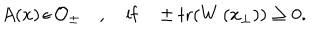
A ( x ) \, \epsilon \, { \cal O } _ { \pm } \quad , \quad \mathrm { i f } \quad \pm \mathrm { t r } ( W \left( x _ { \perp } \right) ) \ge 0 .